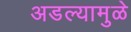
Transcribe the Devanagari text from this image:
अडल्यामुळे